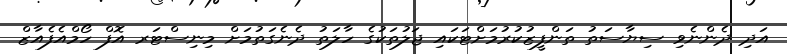
އަދި ދެންނެވި ސިޔާސަތު ތަންފީޒުކުރުމަށްޓަކައި ޖަލުތަކުގެ ހާލަތު ދެނެގަތުމަށް މިނިސްޓަރ އޮފް ހޯމްއެފެއާޒް